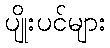
ပျိုးပင်များ